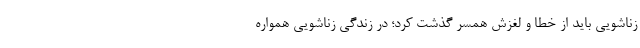
زناشویی باید از خطا و لغزش همسر گذشت کرد؛ در زندگی زناشویی همواره